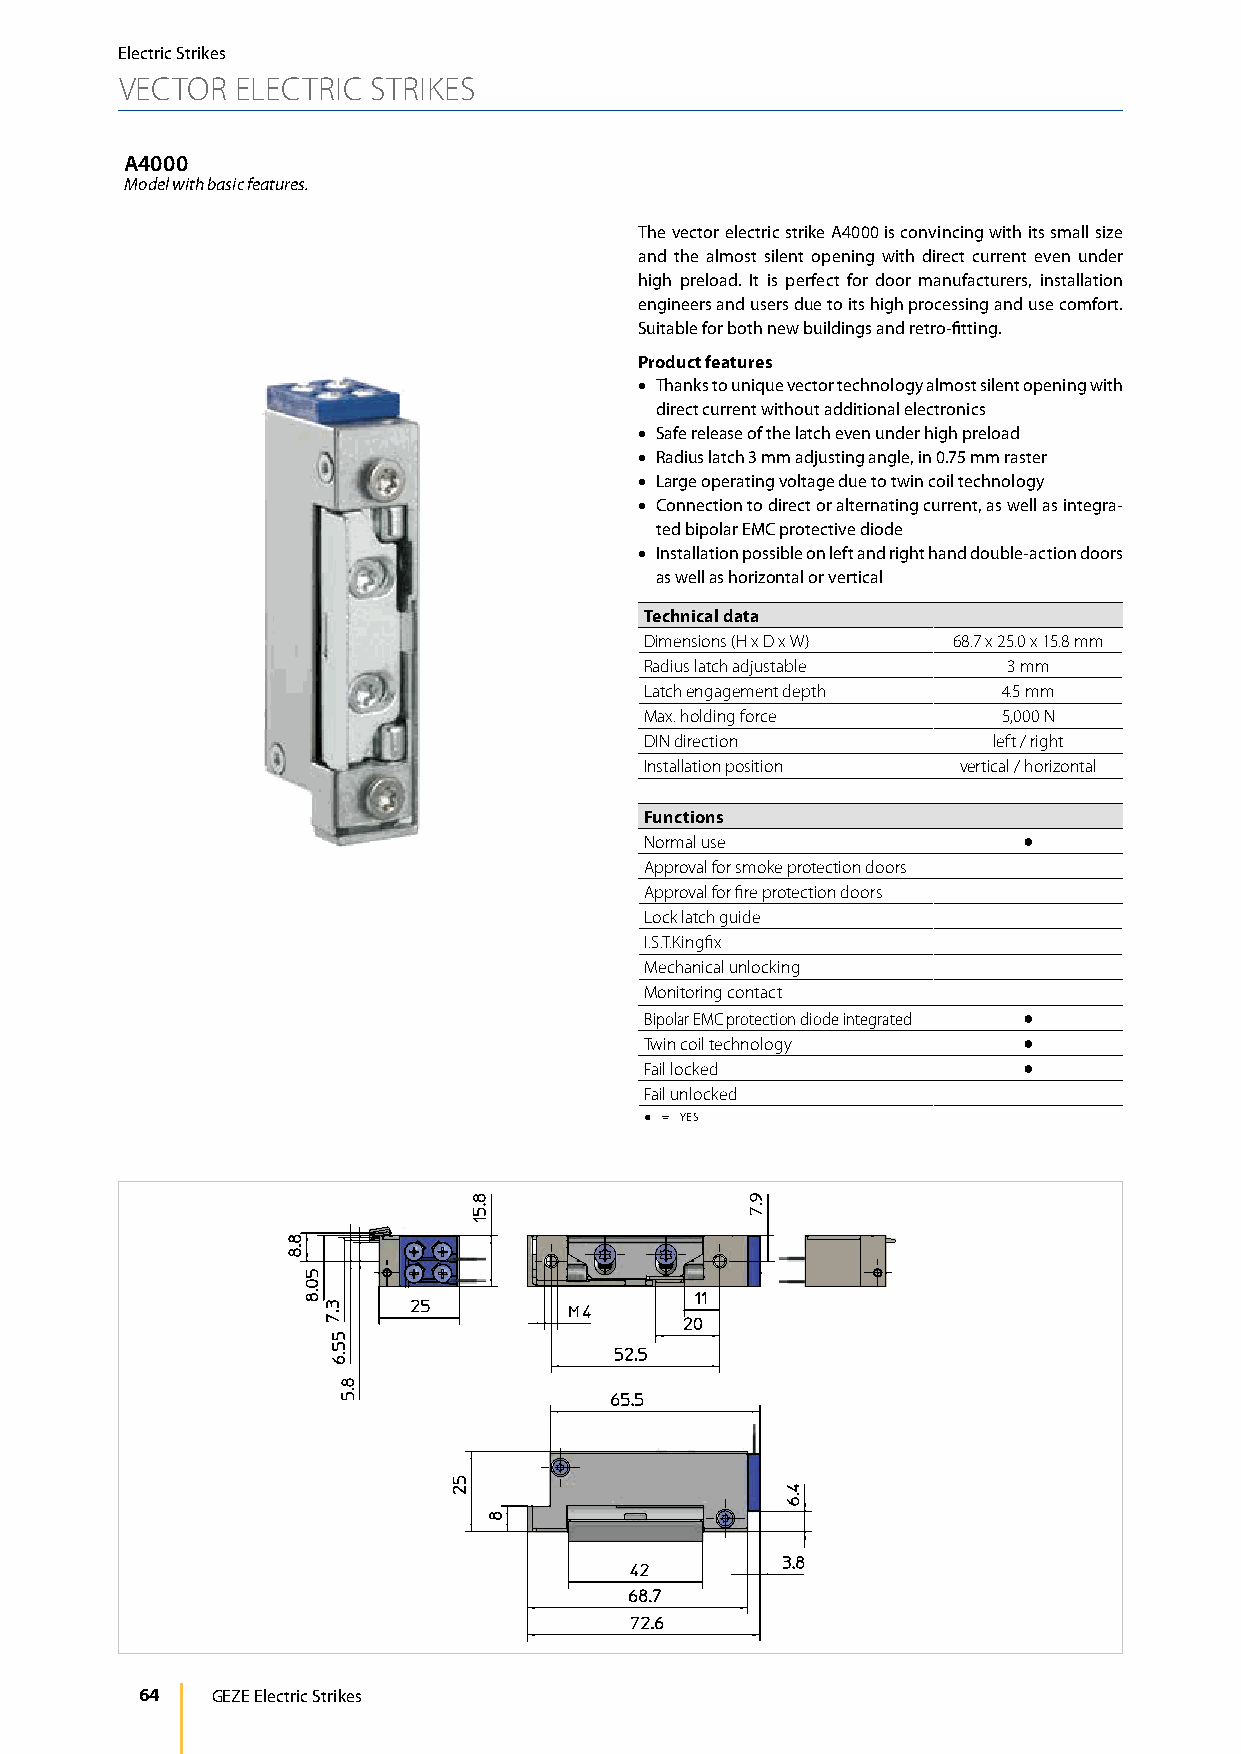
Electric Strikes
 VECTOR  ELECTRIC STRIKES
 A4000
 Model with basic features.
 The vector electric strike A4000 is convincing with its small size
 and the almost silent opening with direct current even under
 high preload. It is perfect for door manufacturers, installation
 engineers and users due to its high processing and use comfort.
 Suitable for both new buildings and retro-fitting.
 Product features
 • Thanks to unique vector technology almost silent opening with
 direct current without additional electronics
 • Safe release of the latch even under high preload
 • Radius latch 3 mm adjusting angle, in 0.75 mm raster
 • Large operating voltage due to twin coil technology
 • Connection to direct or alternating current, as well as integra-
 ted bipolar EMC protective diode
 • Installation possible on left and right hand double-action doors
 as well as horizontal or vertical
 Technical data
 Dimensions (H x D x W) 68.7 x 25.0 x 15.8 mm
 Radius latch adjustable 3 mm
 Latch engagement depth 4.5 mm
 Max. holding force     5,000 N
 DIN direction          left / right
 Installation position vertical / horizontal
 Functions
 Normal use               ●
 Approval for smoke protection doors
 Approval for fire protection doors
 Lock latch guide
 I.S.T.Kingfix
 Mechanical unlocking
 Monitoring contact
 Bipolar EMC protection diode integrated ●
 Twin coil technology     ●
 Fail locked              ●
 Fail unlocked
 ● = YES
 64   GEZE Electric Strikes